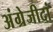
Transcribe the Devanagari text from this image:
अंग्रेजीदां